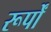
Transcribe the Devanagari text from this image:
रूर्पों